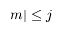
| m | \leq j